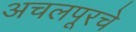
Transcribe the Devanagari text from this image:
अचलपूरचे